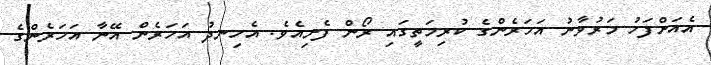
އެއަށްފަހު މަރުވާނު އަހަރެންގެ ކުރިމަތީގައި ރޯން ފެށިއެވެ. އެހިނދު އަހަރެން އޭނާ އަހަރެންގެ